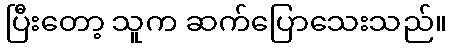
ပြီးတော့ သူက ဆက်ပြောသေးသည်။